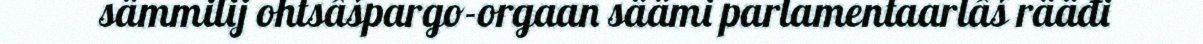
sämmilij ohtsâšpargo-orgaan säämi parlamentaarlâš rääđi